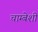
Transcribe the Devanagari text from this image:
चाम्बेशी